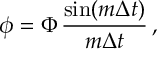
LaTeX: \phi = \Phi \, { \frac { \sin ( m \Delta t ) } { m \Delta t } } \, ,